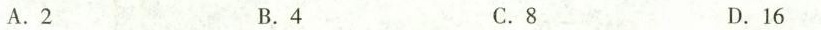
A.2 B.4 C.8 D.16